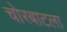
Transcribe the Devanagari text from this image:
चोरबाटला